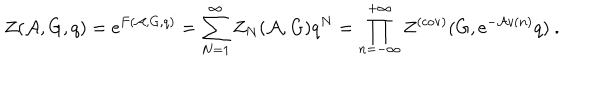
LaTeX: Z ( { \cal A } , G , q ) = \mathrm { e } ^ { F ( { \cal A } , G , q ) } = \sum _ { N = 1 } ^ { \infty } Z _ { N } ( { \cal A } , G ) q ^ { N } = \prod _ { n = - \infty } ^ { + \infty } Z ^ { ( \mathrm { c o v ) } } ( G , \mathrm { e } ^ { - { \cal A } v ( n ) } q ) ~ .